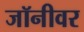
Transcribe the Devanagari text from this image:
जॉनीवर